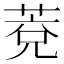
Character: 𦳆